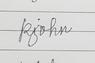
Signature authenticity: genuine